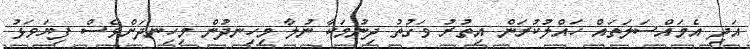
އަދި އެމައްސަލަތައް ހައްލުކުރަން އިތުރު ވަގުތު ދިނުމަކާ ނުލާ މިހިނދުން މިހިނދަށްވެސް ފިޔަވަޅު